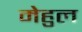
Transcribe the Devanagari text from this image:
मेहुल